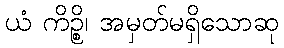
ယံ ကိဉ္စိ၊ အမှတ်မရှိသောဆု